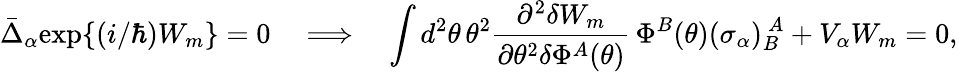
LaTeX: \bar{\Delta}_{\alpha}\mathrm{exp}\{ (i/\hbar)W_{m}\} =0\quad\Longrightarrow\quad\int d^{2}\theta\, \theta^{2}\frac{\partial^{2}\delta W_{m}}{\partial\theta^{2}\delta\Phi^{A}(\theta)}\, \Phi^{B}(\theta)(\sigma_{\alpha})_{B}^{~~\! A}+V_{\alpha}W_{m}=0,